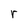
Character: r